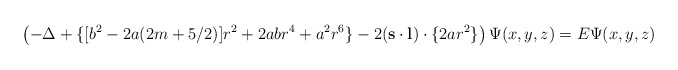
\begin{align*}\left( -\Delta +\{[b^2-2a(2m+5/2)]r^2+2abr^4+a^2r^6\}-2({\bf s\cdot l})\cdot \{2ar^2\}\right) \Psi (x,y,z)=E\Psi (x,y,z)\end{align*}